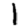
Digit: 1